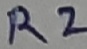
Text: R2